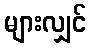
များလျှင်